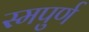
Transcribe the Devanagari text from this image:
स्मपुर्ण